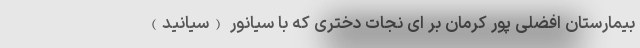
بیمارستان افضلی پور کرمان بر ای نجات دختری که با سیانور (سیانید)